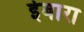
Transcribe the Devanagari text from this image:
ईबारा